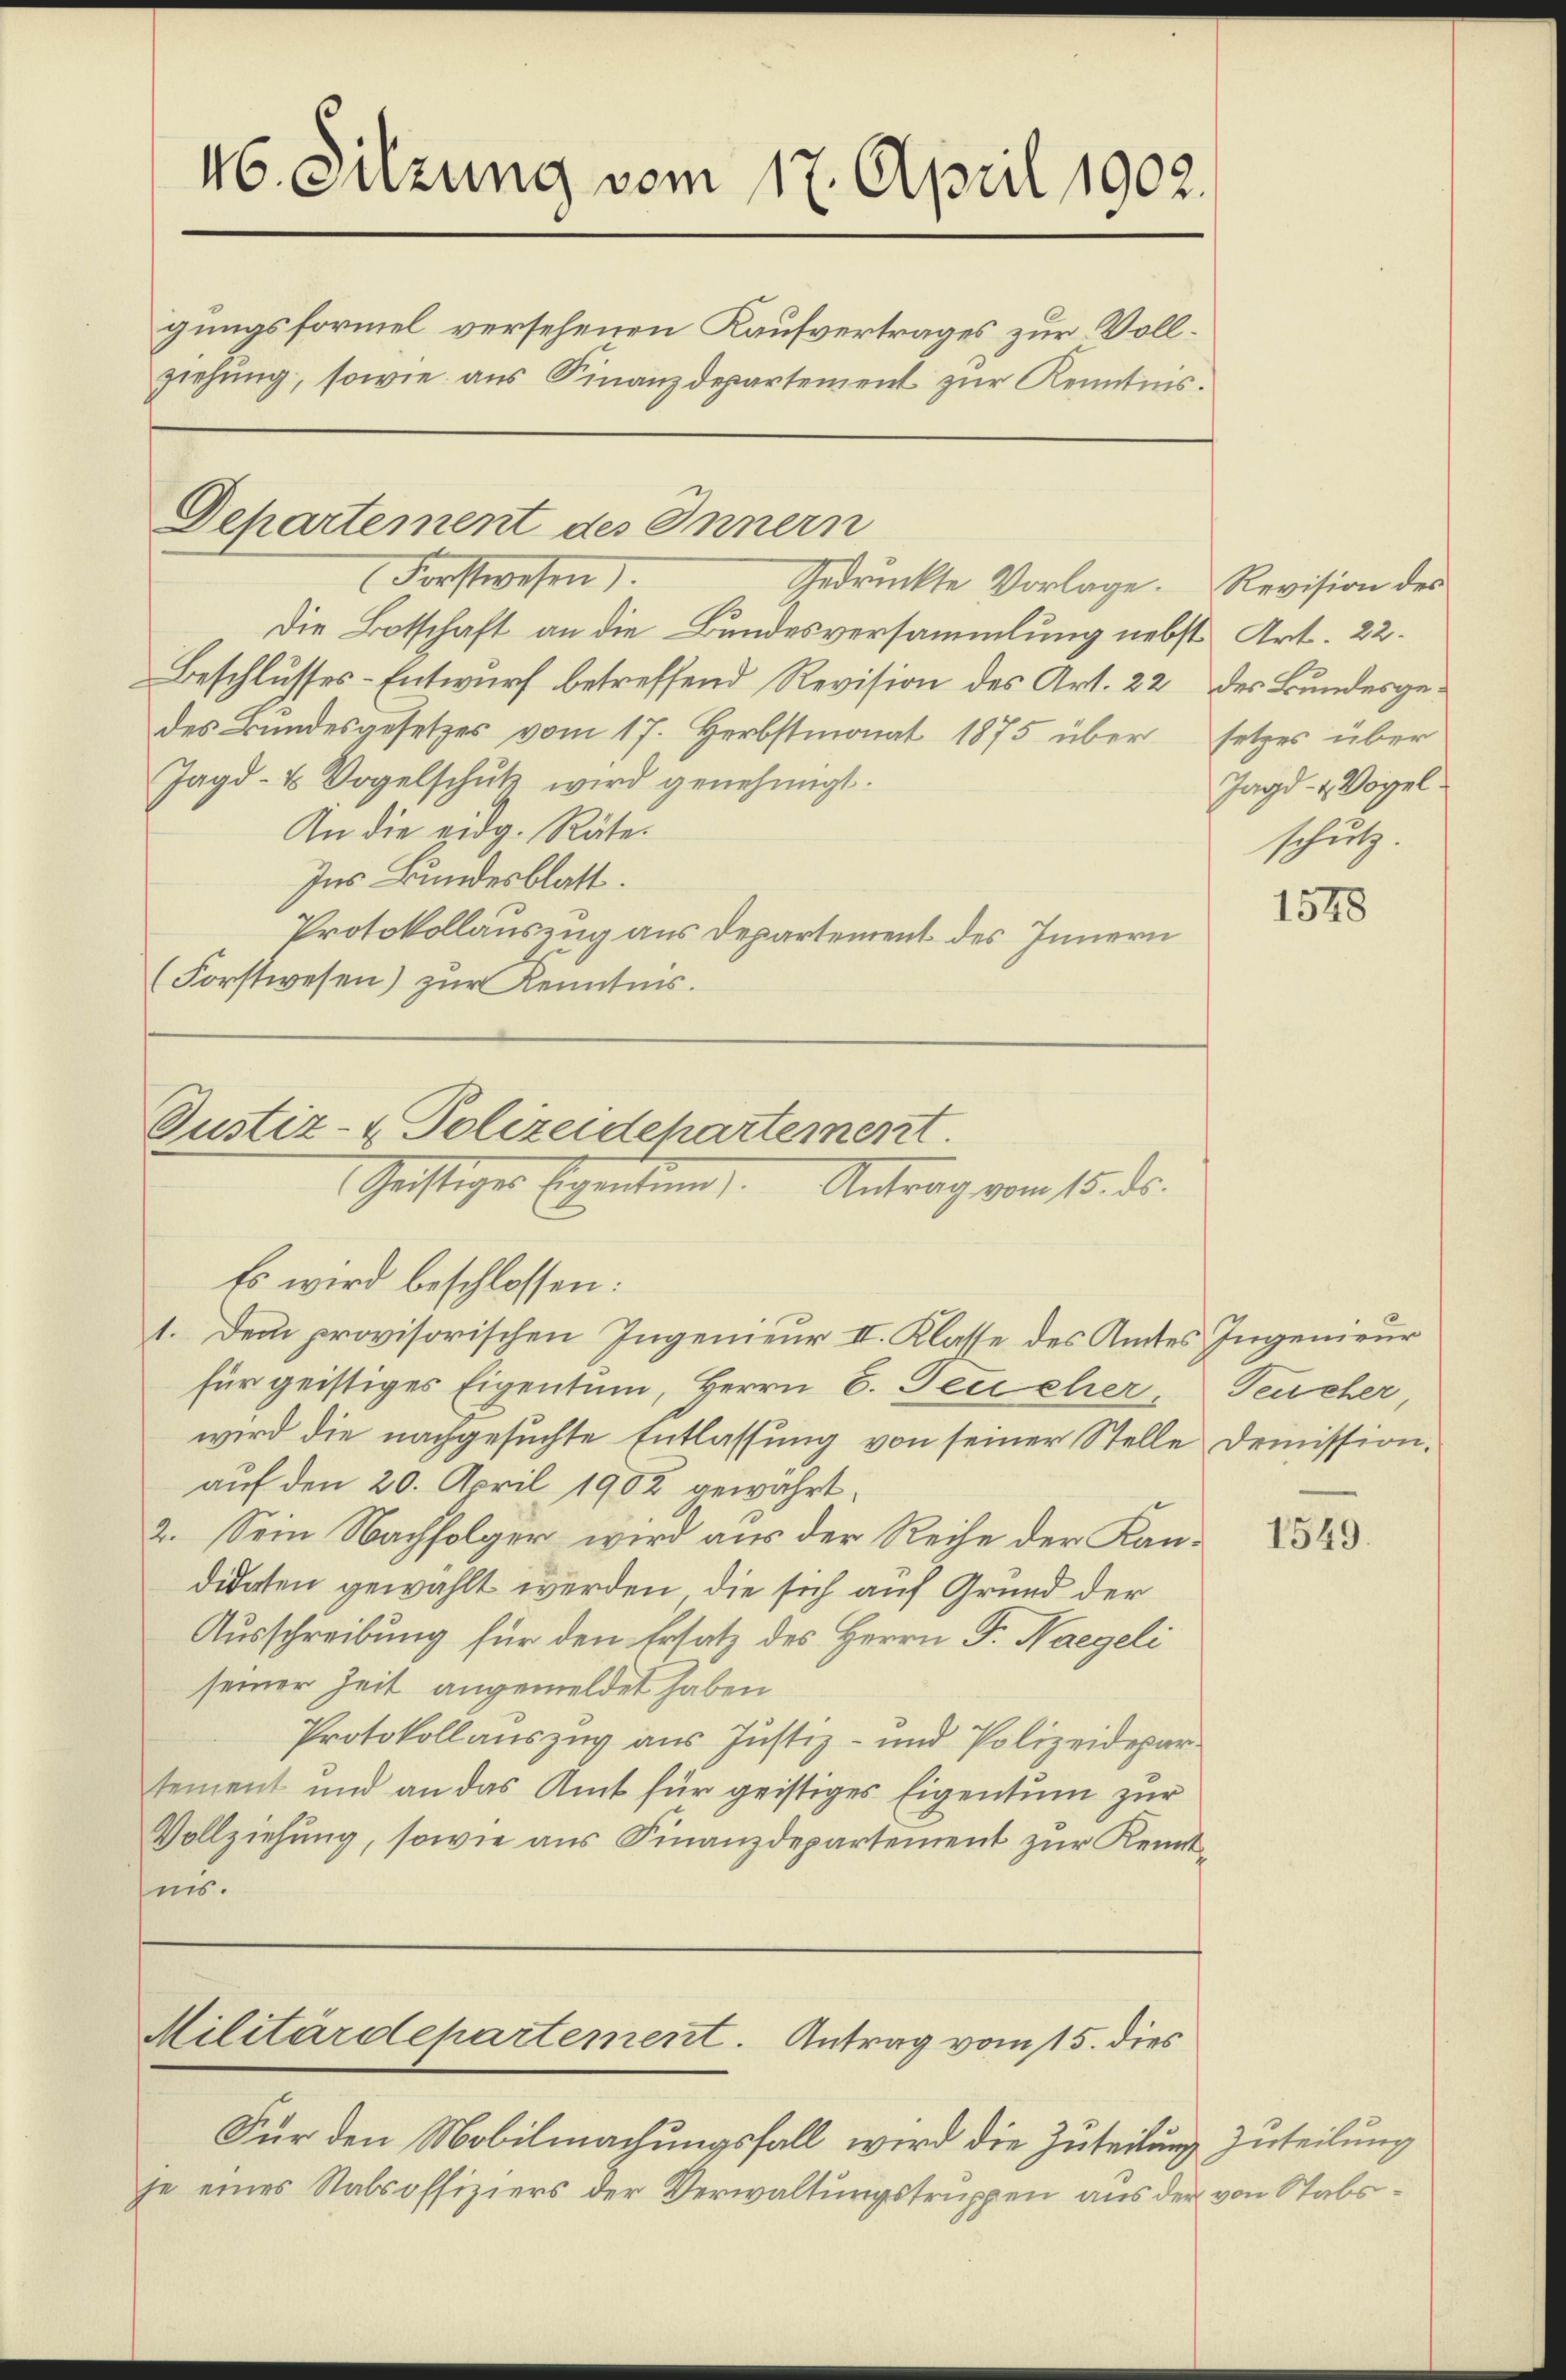
46. Suzung vom 17. April 1902.
gungsformel versehenen Kaufvertrages zur Vollziehung, sowie aus Finanzdepartement zur Kenntnis.

Departement des Innern

Forstwesen
Gedruckte Vorlage. Revision des
Die Botschaft an die Bundesversammlung nebst Art. 22.
Beschlusses-Entwurf betreffend Revision des Art. 22 des Bundesgedes Bundesgesetzes vom 17. Herbstmonat 1875 über setzes über
Jagd- u Vogelschutz wird genehmigt.
An die eidg. Räte.
Ins Bundesblatt.
Protokollauszug aus Departement des Innern
(Forstwesen) zur Kenntnis.

Justiz- & Polizeidepartement
Geistiger Eigentum.
Antrag vom 15. ds.
Es wird beschlossen:

1. Dem provisorischen Ingenieur II. Klasse des Amtes Ingenieur
für geistiges Eigentum, Herrn G. Teucher, Feucher,
wird die nachgesuchte Entlassung von seiner Stelle Demission,
auf den 20. April 1902 gewährt.
2. Sein Nachfolger wird aus der Reihe der Kandidaten gewählt werden, die sich auf Grund der
Ausschreibung für den Ersatz des Herrn Fr. Naegeli
seiner Zeit angemeldet haben
Protokollauszug aus Justiz- und Polizeidepartement und an das Amt für geistiges Eigentum zur
Vollziehung, sowie aus Finanzdepartement zur Kenntnis.

Für den Mobilmachungsfall wird die Zuteilung zuteilung
je eines Stabsoffiziers der Verwaltungstruppen aus der von Stabs¬

Militärdepartement. Antrag vom 15. dies

Jagd- u Vogel.
schutz.

1578

1549.